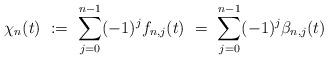
LaTeX: \begin{align*}\chi_{n}(t) \ := \ \sum_{j = 0}^{n - 1} (-1)^{j} f_{n, j} (t) \ =\ \sum_{j = 0}^{n - 1} (-1)^{j} \beta_{n, j} (t)\end{align*}